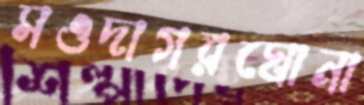
সওদাগরঘোনা